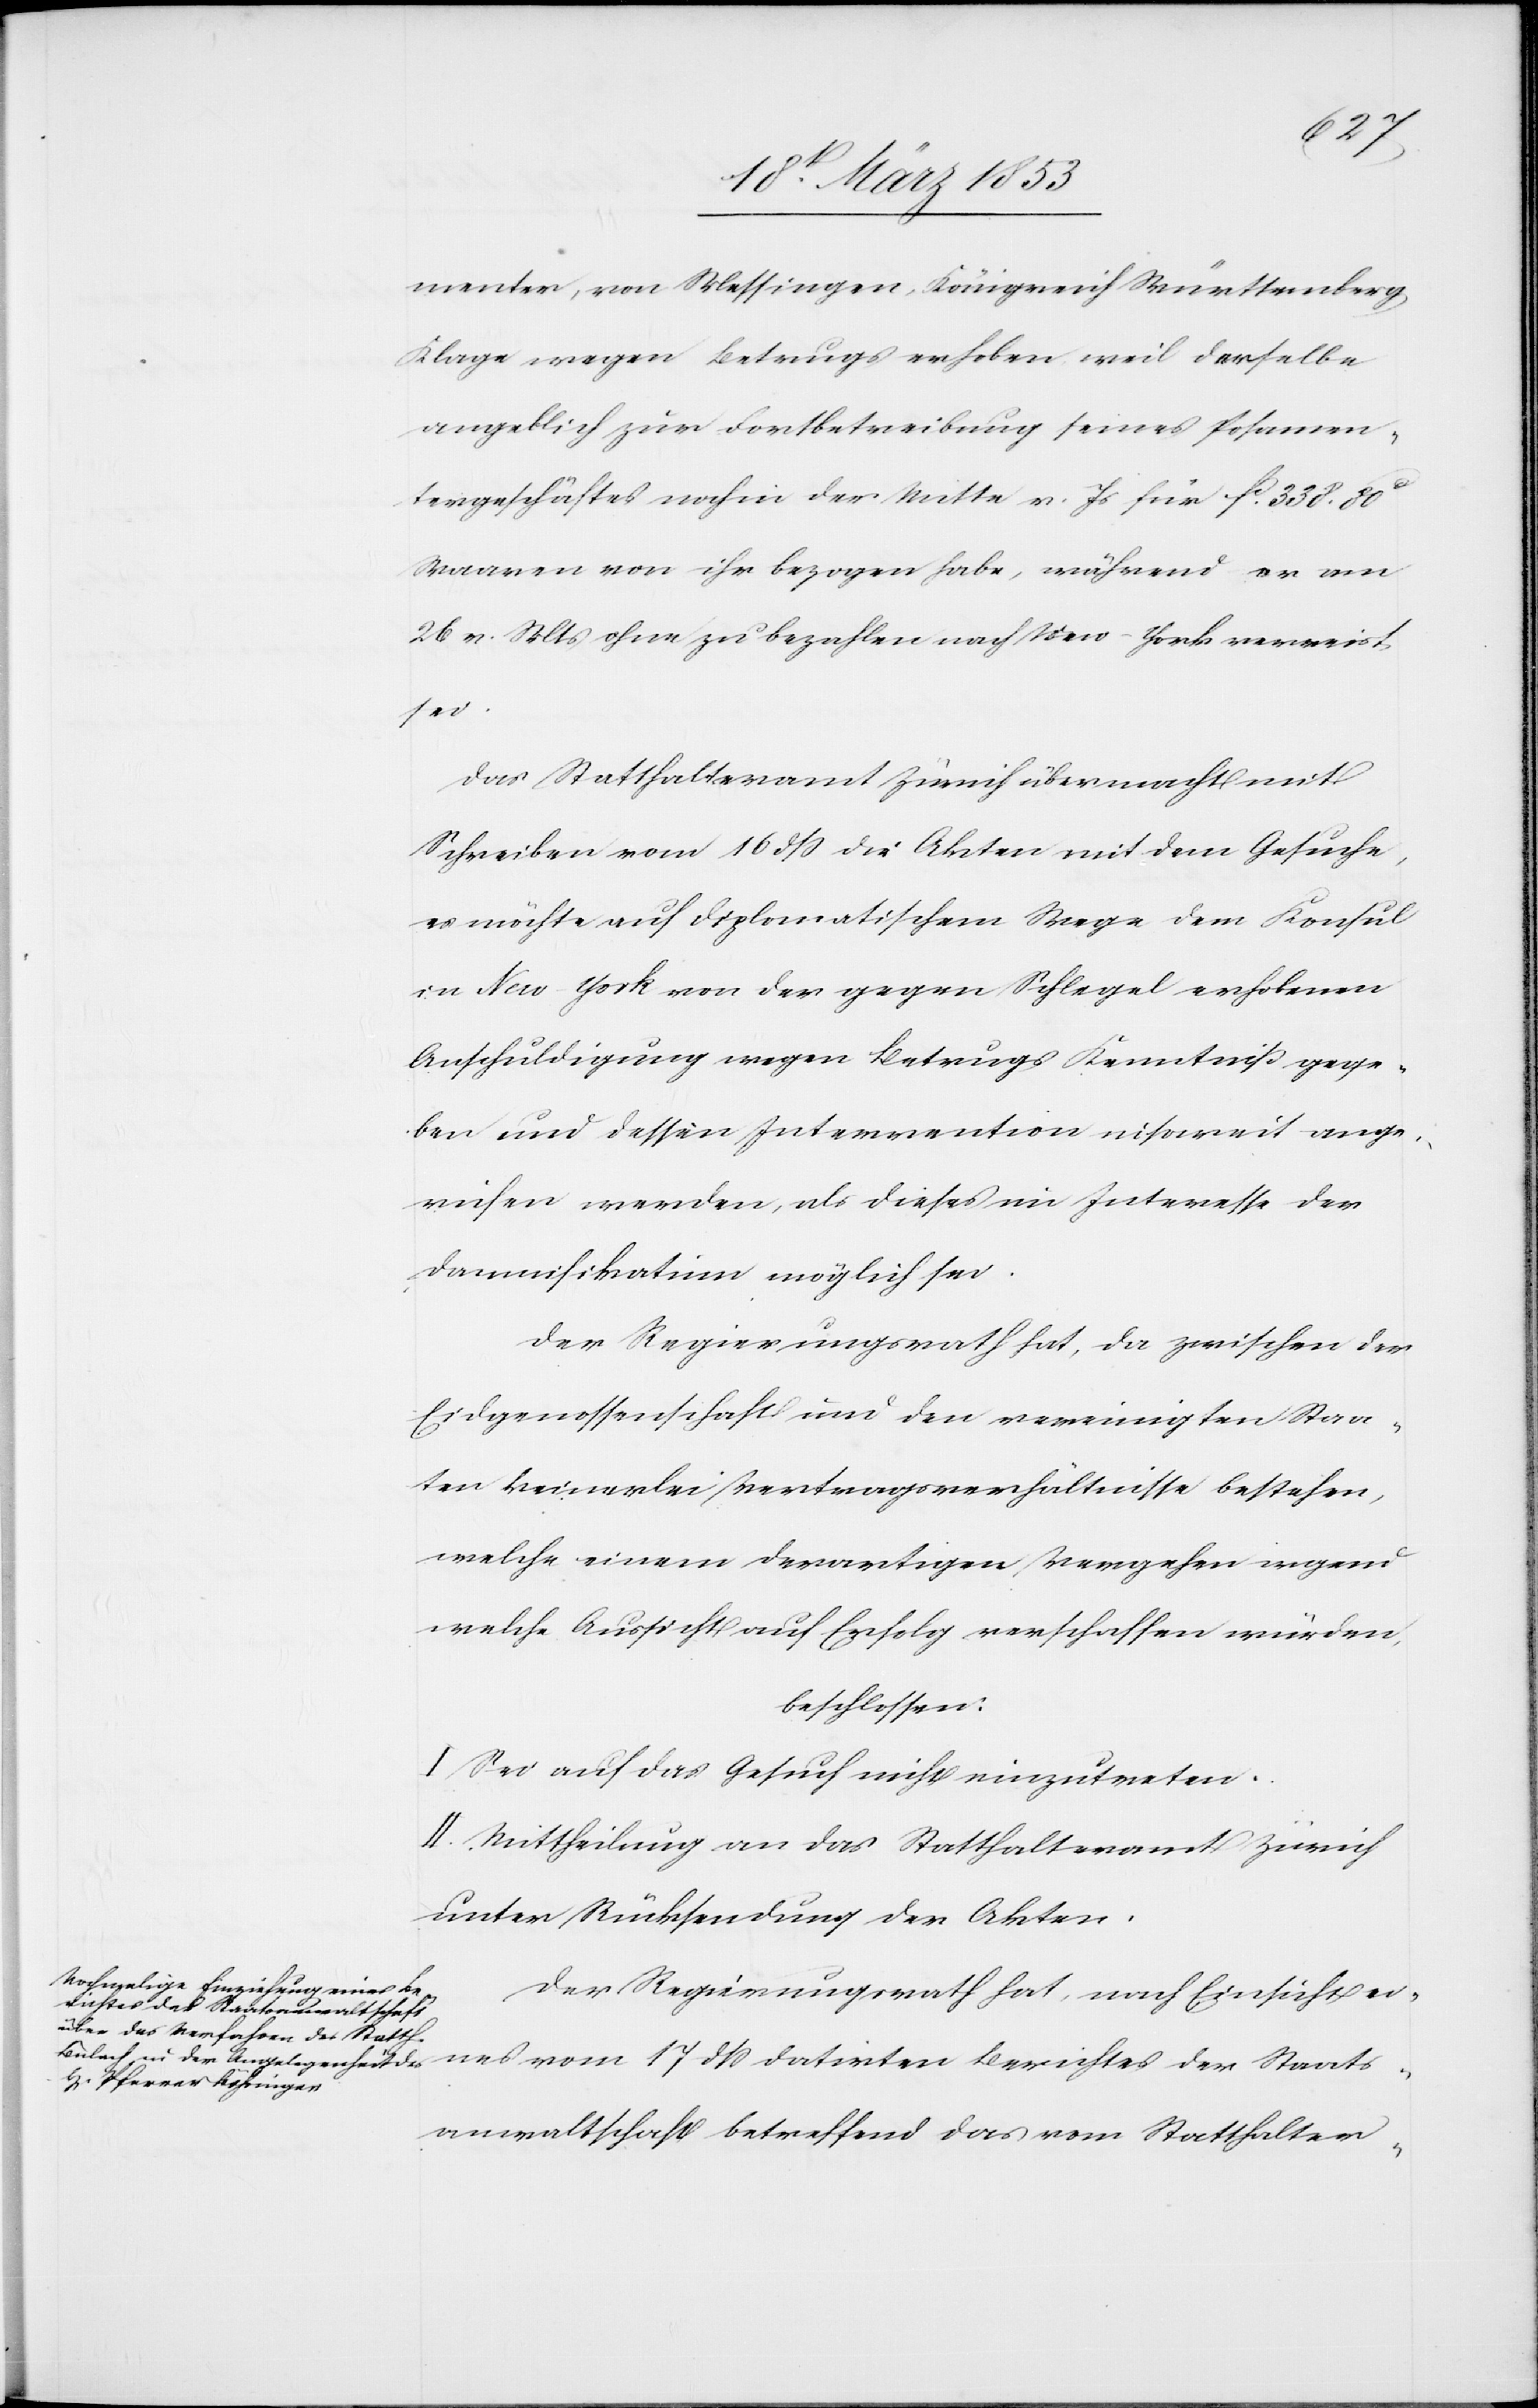
17
menter, von Messingen, Königreich Württemberg
Klage wegen Betrugs erhoben weil derselbe
angeblich zur Fortbetreibung seines Posamen¬
tergeschäftes noch in der Mitte v. Js. für fr. 338. 80
Waaren von ihr bezogen habe, während er am
26 v. Mts. ohne zu bezahlen nach New-York verreist
der
Das Statthalteramt Zürich übermacht mit
Schreiben vom 16 dß die Akten mit dem Gesuche,
es möchte auf diplomatischem Wege dem Konsul
in New York von der gegen Schlegel erhobenen
Anschuldigung wegen Betrugs Kenntniß gege¬
ben und dessen Intervention insoweit ange¬
rufen werden, als dieses im Interesse der
Damnifikatinn möglich sei.
Der Regierungsrath hat, da zwischen der
Eidgenossenschaft und den vereinigten Staa¬
ten keinerlei Vertragsverhältnisse bestehen,
welche einem derartigen Vergehen irgend
welche Aussicht auf Erfolg verschaffen würden,
beschlossen:
I. Sei auf das Gesuch nicht einzutreten.
II. Mittheilung an das Statthalteramt Zürich
unter Rücksendung der Akten.
Der Regierungsrath hat, nach Einsicht ei¬
anwaltschaft betreffend das vom Statthalter-

Staats¬